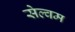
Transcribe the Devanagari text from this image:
सेल्वम